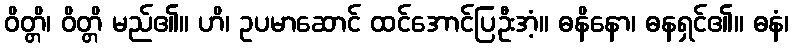
ဝိတ္တိ၊ ဝိတ္တိ မည်၏။ ဟိ၊ ဥပမာဆောင် ထင်အောင်ပြဦးအံ့။ ဓနိနော၊ ဓနရှင်၏။ ဓနံ၊